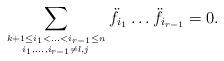
LaTeX: \begin{align*}\sum_{k+1\leq i_1<\ldots<i_{r-1}\leq n \atop i_1,\ldots,i_{r-1}\not=l,j}\ddot{f}_{i_1}\ldots\ddot{f}_{i_{r-1}}=0.\end{align*}